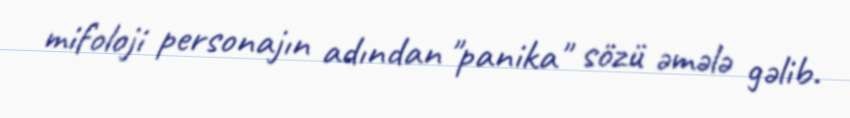
mifoloji personajın adından "panika" sözü əmələ gəlib.